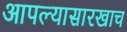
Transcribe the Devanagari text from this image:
आपल्यासारखाच